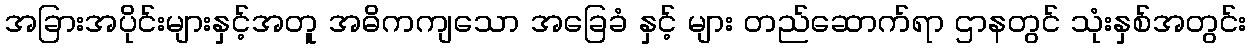
အခြားအပိုင်းများနှင့်အတူ အဓိကကျသော အခြေခံ နှင့် များ တည်ဆောက်ရာ ဌာနတွင် သုံးနှစ်အတွင်း